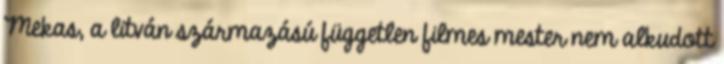
Mekas, a litván származású független filmes mester nem alkudott